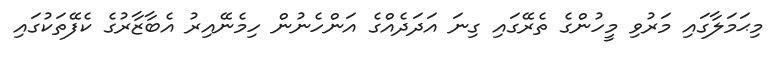
މިޙަމަލާގައި މަރުވި މީހުންގެ ތެރޭގައި ގިނަ އަދަދެއްގެ އަންހެނުން ހިމެނޭއިރު އެބާޒާރުގެ ކެފޭތަކުގައި